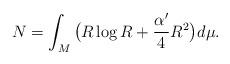
LaTeX: \begin{align*}N=\int_M \big(R\log R+\frac{\alpha'}{4}R^2\big)d\mu.\end{align*}